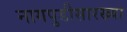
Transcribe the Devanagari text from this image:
नागपुडीसारख्या